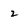
Character: 2